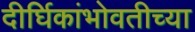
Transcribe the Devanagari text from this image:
दीर्घिकांभोवतीच्या